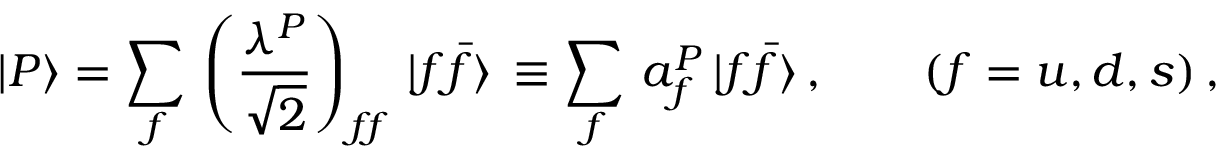
| P \rangle = \sum _ { f } \, \left( \frac { \lambda ^ { P } } { \sqrt { 2 } } \right) _ { f \! f } \, | f \bar { f } \rangle \, \equiv \sum _ { f } \, a _ { f } ^ { P } \, | f \bar { f } \rangle \, , \qquad ( f = u , d , s ) \, ,